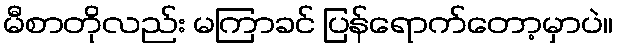
မီစာတိုလည်း မကြာခင် ပြန်ရောက်တော့မှာပဲ။